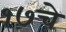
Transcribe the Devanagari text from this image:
१७चे